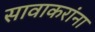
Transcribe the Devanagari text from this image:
सावाकरांना